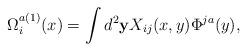
LaTeX: \begin{align*}\Omega_i^{a(1)}(x) = \int d^2 {\bf y} X_{ij}(x,y)\Phi^{j a}(y),\end{align*}